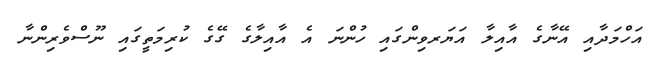
އަހްމަދާއި އޭނާގެ އާއިލާ އަޔަރވިންގައި ހުންނަ އެ އާއިލާގެ ގޭގެ ކުރިމަތީގައި ނޫސްވެރިންނާ